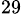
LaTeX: _{29}